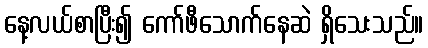
နေ့လယ်စာပြီး၍ ကော်ဖီသောက်နေဆဲ ရှိသေးသည်။